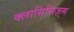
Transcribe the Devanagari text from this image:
क्लासिसिज़्म